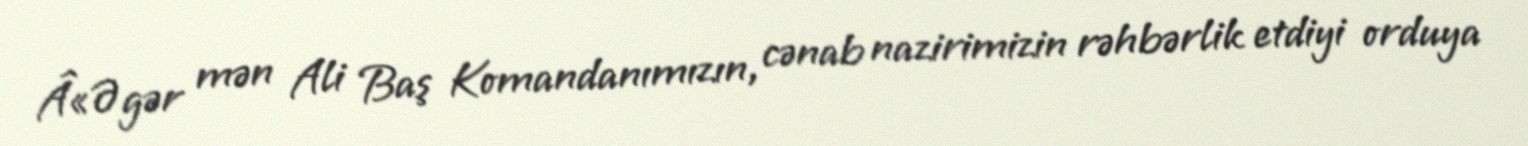
Â«Əgər mən Ali Baş Komandanımızın, cənab nazirimizin rəhbərlik etdiyi orduya